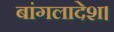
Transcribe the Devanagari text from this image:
बांगलादेश।